Civil Veterinary Department Bihar & Orissa reports 1922-29 - 1922-1929
Year: 1922
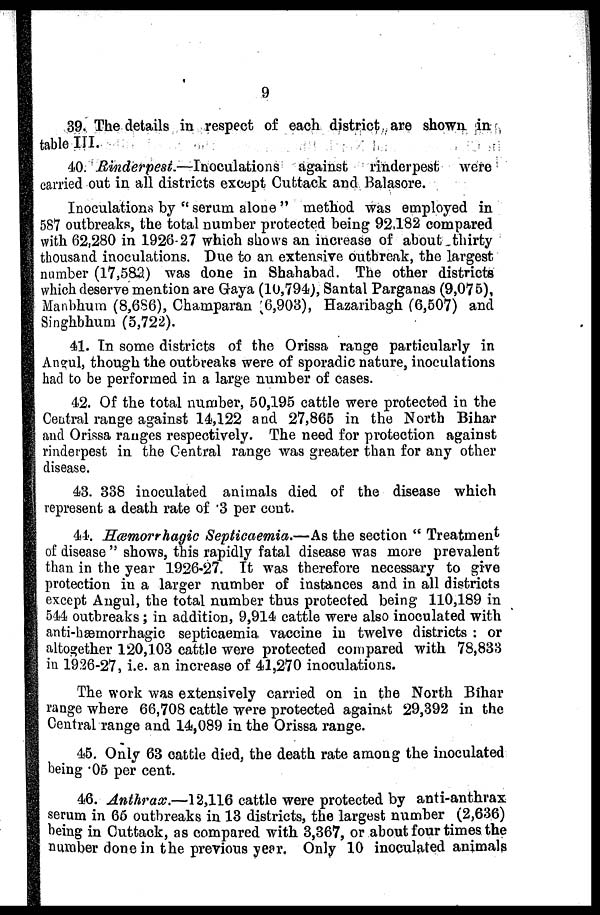
9
39. The details in respect of each district are shown in
table III.
40. Rinderpest.—Inoculations
against
rinderpest were
carried out in all districts except Cuttack and Balasore.
Inoculations by " serum alone " method was employed in
587 outbreaks, the total number protected being 92,182 compared
with 62,280 in 1926-27 which shows an increase of about thirty
thousand inoculations. Due to an extensive outbreak, the largest
number (17,582) was done in Shahabad. The other districts
which deserve mention are Gaya (10,794), Santal Parganas (9,075),
Manbhum (8,686), Champaran ;6,908), Hazaribagh (6,507) and
Singhbhum (5,722).
41. In some districts of the Orissa range particularly in
Angul, though the outbreaks were of sporadic nature, inoculations
had to be performed in a large number of cases.
42. Of the total number, 50,195 cattle were protected in the
Central range against 14,122 and 27,865 in the North Bihar
and Orissa ranges respectively. The need for protection against
rinderpest in the Central range was greater than for any other
disease.
43. 338 inoculated animals died of the disease which
represent a death rate of 3 per cent.
41. Hemorrhagic Septicaemia.—As the section " Treatment
of disease " shows, this rapidly fatal disease was more prevalent
than in the year 1926-27. It was therefore necessary to give
protection in a larger number of instances and in all districts
except Angul, the total number thus protected being 110,189 in
544 outbreaks; in addition, 9,914 cattle were also inoculated with
anti-haemorrhagic septicaemia vaccine in twelve districts : or
altogether 120,103 cattle were protected compared with 78,833
in 19:26-27, i.e. an increase of 41,270 inoculations.
The work was extensively carried on in the North Bihar
range where 66,708 cattle were protected against 29,392 in the
Central range and 14,089 in the Orissa range.
45. Only 63 cattle died, the death rate among the inoculated
being 05 per cent.
46. Anthrax.—12,116 cattle were protected by anti-anthrax
serum in 66 outbreaks in 13 districts, the largest number (2,636)
being in Cuttack, as compared with 3,367, or about four times the
number done in the previous year. Only 10 inoculated animals